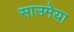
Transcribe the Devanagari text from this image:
साउमेया